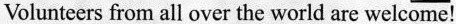
Volunteers from all over the world are welcome!